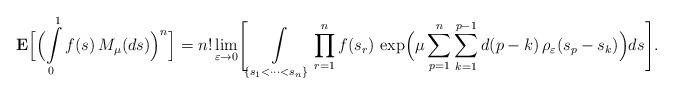
LaTeX: \begin{align*}{\bf E}\Bigl[\Bigl(\int\limits_0^1 f(s)\,M_\mu(ds)\Bigr)^n\Bigr] = n! \lim\limits_{\varepsilon\rightarrow 0}\Biggl[\int\limits_{\{s_1<\cdots< s_n\}} \prod_{r=1}^n f(s_r) \, \exp\Bigl(\mu\sum_{p=1}^n\sum_{k=1}^{p-1} d(p-k) \,\rho_{\varepsilon}(s_p-s_k)\Bigr)ds\Biggr].\end{align*}